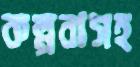
কল্পনাসহ